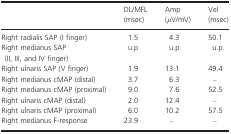
<table><thead><tr><td></td><td><b>DL/MFL (msec)</b></td><td><b>Amp (<i>μ</i>V/mV)</b></td><td><b>Vel (msec)</b></td></tr></thead><tbody><tr><td>Right radialis SAP (I finger)</td><td>1.5</td><td>4.3</td><td>50.1</td></tr><tr><td>Right medianus SAP (II, III, and IV finger)</td><td>u.p</td><td>u.p</td><td>u.p.</td></tr><tr><td>Right ulnaris SAP (V finger)</td><td>1.9</td><td>13.1</td><td>49.4</td></tr><tr><td>Right medianus cMAP (distal)</td><td>3.7</td><td>6.3</td><td>–</td></tr><tr><td>Right medianus cMAP (proximal)</td><td>9.0</td><td>7.6</td><td>52.5</td></tr><tr><td>Right ulnaris cMAP (distal)</td><td>2.0</td><td>12.4</td><td>–</td></tr><tr><td>Right ulnaris cMAP (proximal)</td><td>6.0</td><td>10.2</td><td>57.5</td></tr><tr><td>Right medianus F‐response</td><td>23.9</td><td>–</td><td>–</td></tr></tbody></table>